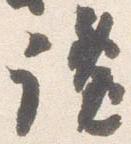
讒